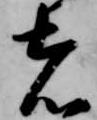
者